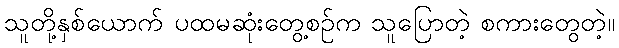
သူတို့နှစ်ယောက် ပထမဆုံးတွေ့စဉ်က သူပြောတဲ့ စကားတွေတဲ့။